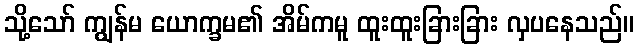
သို့သော် ကျွန်မ ယောက္ခမ၏ အိမ်ကမူ ထူးထူးခြားခြား လှပနေသည်။